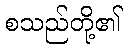
စသည်တို့၏